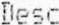
DESC